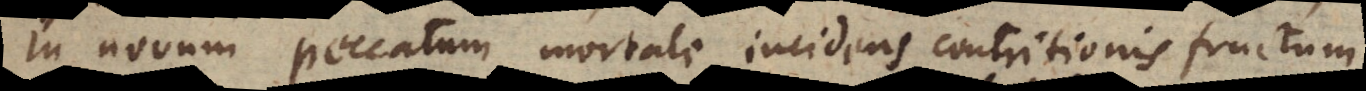
in novum peccatum mortale incidens contritionis fructum